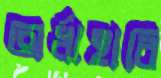
অর্ধাহারি